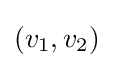
(v_{1},v_{2})